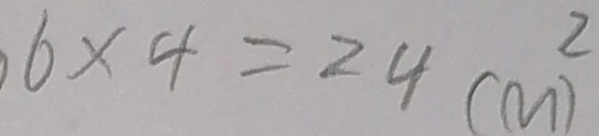
6 \times 4 = 2 4 ( m ^ { 2 } )